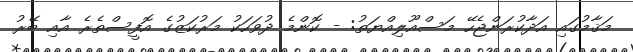
މަޤާމުގައި އަދާކުރަންޖެހޭ މަސްއޫލިއްޔަތު: - ކޮންމެ ދުވަހަކު މަރުކަޒުގެ އޮފީސްތެރެ އާއި ބޭރު